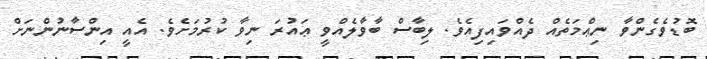
ބޮޑުވެގެންވާ ނިޢްމަތެއް ދެއްވައިފިއެވެ. ލިބާސް ބާވާލެއްވީ ޢައުރަ ނިވާ ކުރުމަށެވެ. އެއީ އިންސާނުންނަށް